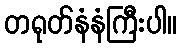
တရုတ်နံနံကြီးပါ။